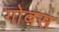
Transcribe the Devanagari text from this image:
गोबस